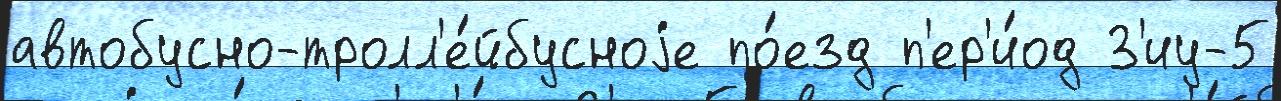
автобусно-тролл'е́йбусноjе по́езд п'ер'и́од З'иу-5